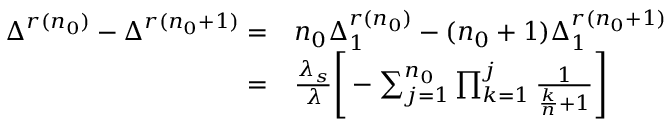
\begin{array} { r l } { \Delta ^ { r ( n _ { 0 } ) } - \Delta ^ { r ( n _ { 0 } + 1 ) } = } & { n _ { 0 } \Delta _ { 1 } ^ { r ( n _ { 0 } ) } - ( n _ { 0 } + 1 ) \Delta _ { 1 } ^ { r ( n _ { 0 } + 1 ) } } \\ { = } & { \frac { \lambda _ { s } } { \lambda } \Bigg [ - \sum _ { j = 1 } ^ { n _ { 0 } } \prod _ { k = 1 } ^ { j } \frac { 1 } { \frac { k } { n } + 1 } \Bigg ] } \end{array}